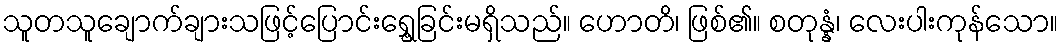
သူတသူချောက်ချားသဖြင့်ပြောင်းရွှေ့ခြင်းမရှိသည်။ ဟောတိ၊ ဖြစ်၏။ စတုန္နံ၊ လေးပါးကုန်သော။